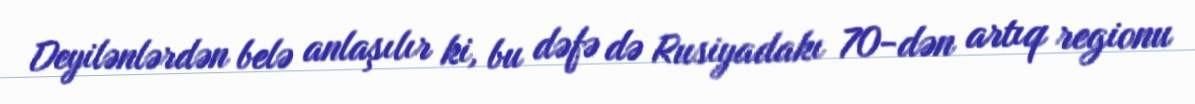
Deyilənlərdən belə anlaşılır ki, bu dəfə də Rusiyadakı 70-dən artıq regionu